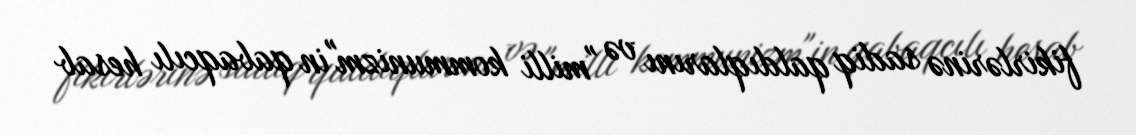
fikirlərinə sadiq qaldıqlarını və "milli kommunizm"in qabaqcılı hesab